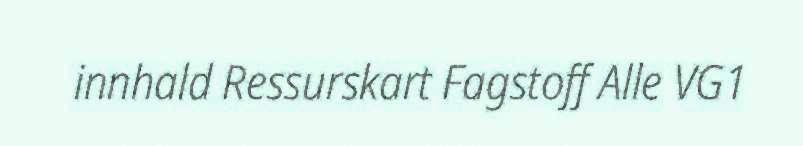
innhald Ressurskart Fagstoff Alle VG1